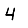
Digit: 4